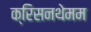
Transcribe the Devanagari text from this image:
क्रिसनथेमम